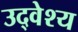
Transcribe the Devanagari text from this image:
उद्वेश्‍य